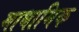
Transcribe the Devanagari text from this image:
माधामिक